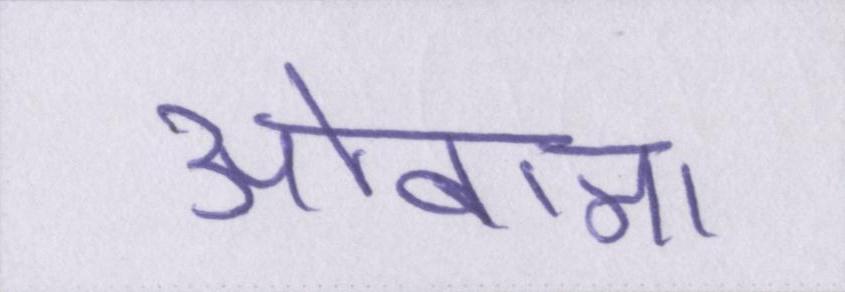
ओबामा